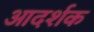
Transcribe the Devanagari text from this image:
आदर्शक